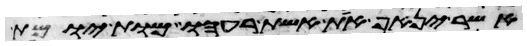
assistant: אשר ינאף את אשת רעהו מות יומת